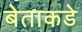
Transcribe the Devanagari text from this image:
बेताकडे